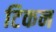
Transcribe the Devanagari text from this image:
टिकन